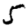
Digit: 5